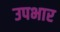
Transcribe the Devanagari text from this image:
उपभार